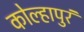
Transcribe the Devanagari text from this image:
कोल्हापुरं